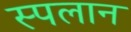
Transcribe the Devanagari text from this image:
स्पलान